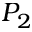
P _ { 2 }